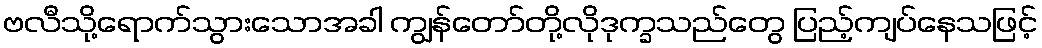
ဗလီသို့ရောက်သွားသောအခါ ကျွန်တော်တို့လိုဒုက္ခသည်တွေ ပြည့်ကျပ်နေသဖြင့်